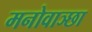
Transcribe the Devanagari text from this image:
मनोवाञ्छा